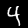
Label: 4